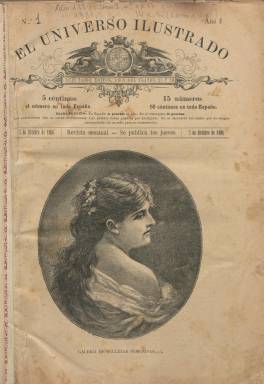
Título: El Universo ilustrado (Barcelona. 1886)
Colección: Revistas de información general
Ámbito geográfico: Barcelona
Lugar de publicación: Barcelona
Fechas: 07/10/1886-29/09/1887

Una de las revistas que siguen la tipología de las ilustradas del último tercio del siglo diecinueve, en este caso publicada en Barcelona por el editor e impresor Luis Tasso Serra, hijo del propietario de uno de los más adelantados establecimientos de tipografía y grabado de esta ciudad, fundado en 1847 por su padre, Luis Tasso Goñalons (1817-1880). Tras heredarlo, Tasso Serra introducirá mejoras en la empresa familiar, y desde 1880 había iniciado la edición de la revista La ilustración, que modificará su título en 1891 por La ilustración hispano-americana, cabeceras ambas que también forman parte de esta Hemeroteca Digital de la BNE.

A partir del siete de octubre de 1886, empieza a editar a la misma vez este semanario, que aparece cada jueves, en folio menor y en entregas de ocho páginas, la mitad que las de La ilustración. Mientras el precio por ejemplar de ésta era de 25 céntimos y su suscripción anual de trece pesetas, el de El universo ilustrado será de cinco céntimos y cuatro pesetas, respectivamente. Aunque tenía características similares a la primera, se podría considerar a éste como un producto sucedáneo de aquella, al utilizar ilustraciones y textos ya publicados previamente y, según la tesis doctoral de Romà Arranz Herrero (2010),  tiene “un aire menos intelectualizado” y más informal, pareciendo que su preferencia era dirigirse al público femenino. Y esto se corrobora por su Galería de bellezas femeninas, la serie de retratos que publica en su portada.

Según el  editor, su programa para esta revista era deleitar y enseñar al público. Inserta artículos sobre educación, historia, costumbres sociales, viajes, utilidades o curiosidades, así como narraciones adaptadas y otros textos en prosa y verso o pensamientos de autores clásicos (Mateo Alemán, Dante Aligiery, Lope de Vega, Cervantes o Quevedo), o de otros contemporáneos consagrados (Víctor Hugo, José Selgas, Carlos Cano, Manuel Acuña o Vicente Llorente). También tiene una sección de pasatiempos (charadas, etc.) y publicidad al final, refiriéndose esta a las propias publicaciones y negocio editorial de su propietario.

Además de su portada ilustrada, con el retrato de una mujer o de personajes, inserta otros grabados, algunos procedentes de fotografías, de ciencias, vistas o monumentos del mundo que, como láminas, ocupan también sus páginas centrales, y en la última un dibujo de estilo generalmente costumbrista o caricaturesco, como el firmado por Gustavo Doré, además de los pequeños que inserta entre los textos. También aparecen en sus páginas tiras cómicas de W. Busch. Cuenta con el epígrafe Explicación de los grabados, y entre sus colaboradores artísticos con el dibujante Gómez Soler y el hijo de éste y grabador, Gómez Polo, así como con Nicanor Vázquez.

Entre las firmas de otros textos aparecen también las de D. Laurencio Grillo, Vicente Espinel, Ignacio Ojeda Verduzco o Gustavo Aymard (autor éste de la novela por entregas Los dos rivales). Con foliación continuada, la revista forma un tomo anual de 412 páginas, más otras dos, al final, con sendos índices de autores y láminas. Publica un total de 52 números, correspondiendo este al 29 de septiembre de 1887.